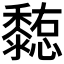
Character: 𪐊